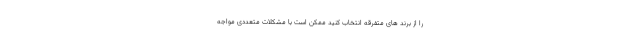
را از برند های متفرقه انتخاب کنید ممکن است با مشکلات متعددی مواجه